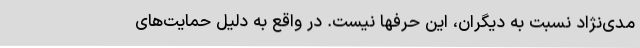
مدی‌نژاد نسبت به دیگران، این حرفها نیست. در واقع به دلیل حمایت‌های